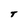
Character: T